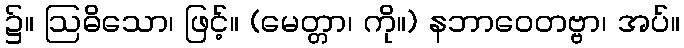
၌။ ဩဓိသော၊ ဖြင့်။ (မေတ္တာ၊ ကို။) နဘာဝေတဗ္ဗာ၊ အပ်။